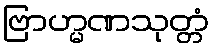
ဗြာဟ္မဏသုတ္တံ